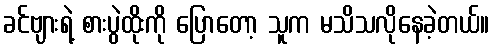
ခင်ဗျားရဲ့ စားပွဲထိုးကို ပြောတော့ သူက မသိသလိုနေခဲ့တယ်။